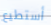
أستطيع